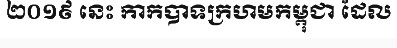
២០១៩ នេះ កាកបាទក្រហមកម្ពុជា ដែល